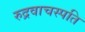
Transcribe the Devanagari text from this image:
रुद्रवाचस्पति